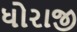
ધોરાજી